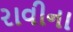
રાવીના